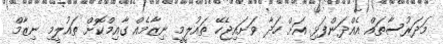
މަދަރުސާތައް އެއްދަންފަޅި އަށް ހަދާ ވަށައިޖެހޭ ތައުލީމީ ނިޒާމެއް ގާއިމްކޮށް ތައުލީމި ނިޒާމް